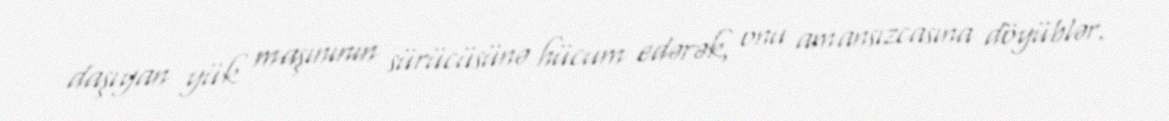
daşıyan yük maşınının sürücüsünə hücum edərək, onu amansızcasına döyüblər.